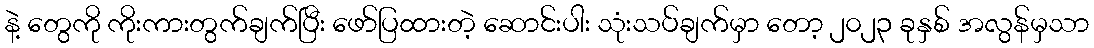
နဲ့ တွေကို ကိုးကားတွက်ချက်ပြီး ဖော်ပြထားတဲ့ ဆောင်းပါး သုံးသပ်ချက်မှာ တော့ ၂၀၂၃ ခုနှစ် အလွန်မှသာ